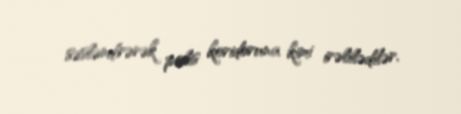
səsləndirərək polis koridoruna kimi irəlilədilər.